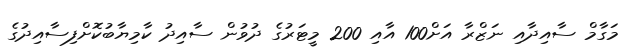
މަގާމް ސާއިދާއި ނަޒްރާ އަށް100 އާއި 200 މީޓަރުގެ ދުވުން ސާއިދު ކާމިޔާބުކޮށްފިސާއިދުގެ